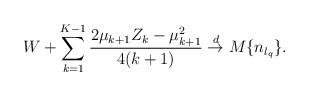
LaTeX: \begin{align*}W+ \sum_{k=1}^{K-1}\frac{2\mu_{k+1}Z_{k}-\mu_{k+1}^2}{4(k+1)} \stackrel{d}{\to} M\{n_{l_{q}}\}.\end{align*}